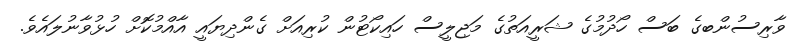
ވާރިސުންބގެ ބަސް ހޯދުމުގެ ޝަރީއަތުގެ މަޖިލީސް ހައިކޯޓުން ކުރިއަށް ގެންދިޔައީ އާއްމުކޮށް ހުޅުވާނުލައެވެ.